Indian journal of veterinary science and animal husbandry - Volumes 24-25, 1954-1955
Year: 1954
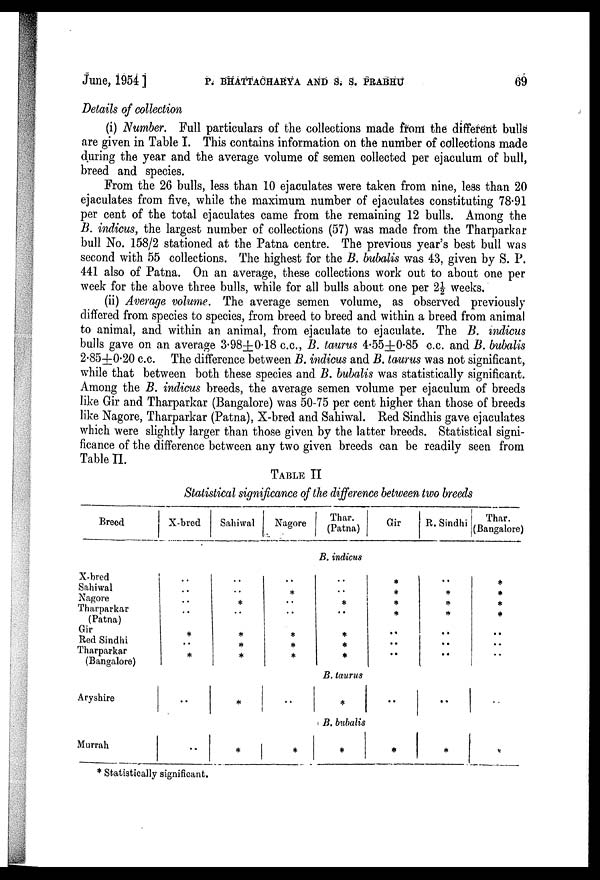
June, 1954]
P.
BHATTACHARYA
AND
S.S.
PRABHU
69
Details of collection
(i) Number. Full particulars of the collections made from the different bulls
are given in Table I. This contains information on the number of collections made
during the year and the average volume of semen collected per ejaculum of bull,
breed and species.
From the 26 bulls, less than 10 ejaculates were taken from nine, less than 20
ejaculates from five, while the maximum number of ejaculates constituting 78.91
per cent of the total ejaculates came from the remaining 12 bulls. Among the
B. indicus, the largest number of collections (57) was made from the Tharparkar
bull No. 158/2 stationed at the Patna centre. The previous year's best bull was
second with 55 collections. The highest for the B. bubalis was 43, given by S. P.
441 also of Patna. On an average, these collections work out to about one per
week for the above three bulls, while for all bulls about one per 2½ weeks.
(ii) Average volume. The average semen volume, as observed previously
differed from species to species, from breed to breed and within a breed from animal
to animal, and within an animal, from ejaculate to ejaculate. The B. indicus
bulls gave on an average 3.98±0.18 c.c., B. taurus 4.55±0.85 c.c. and B. bubalis
2.85±0.20 c.c. The difference between B. indicus and B. taurus was not significant,
while that between both these species and B. bubalis was statistically significant.
Among the B. indicus breeds, the average semen volume per ejaculum of breeds
like Gir and Tharparkar (Bangalore) was 50-75 per cent higher than those of breeds
like Nagore, Tharparkar (Patna), X-bred and Sahiwal. Red Sindhis gave ejaculates
which were slightly larger than those given by the latter breeds. Statistical signi-
ficance of the difference between any two given breeds can be readily seen from
Table 11.
TABLE II
Statistical significance of the difference between two breeds
Breed
X-bred
Sahiwal
Nagore
Thar.
(Patna)
Gir
R. Sindhi
Thar.
(Bangalore)
B. indicus
X-bred
Sahiwal
Nagore
Tharparkar
(Patna)
Gir
Red Sindhi
Tharparkar
(Bangalore)
..
..
..
..
*
..
*
..
..
*
..
*
*
*
..
*
..
..
*
*
*
..
..
*
..
*
*
*
*
*
*
*
..
..
..
..
*
*
*
..
..
..
*
*
*
*
..
..
..
B. taurus
Aryshire
..
*
..
*
..
..
B. bubalis
Murrah
..
*
*
*
*
*
*
* Statistically significant.